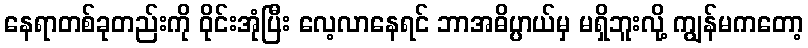
နေရာတစ်ခုတည်းကို ဝိုင်းအုံပြီး လေ့လာနေရင် ဘာအဓိပ္ပာယ်မှ မရှိဘူးလို့ ကျွန်မကတော့